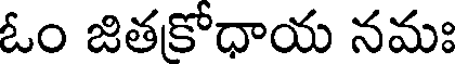
ఓం జితకోధాయ నమః